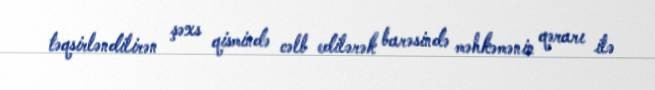
təqsirləndilirən şəxs qismində cəlb edilərək barəsində məhkəmənin qərarı ilə